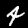
Label: 4